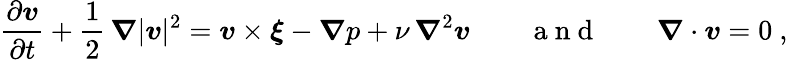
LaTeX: \frac{\partial\boldsymbol v}{\partial t}+\frac{1}{2}\, \boldsymbol\nabla|\boldsymbol v|^{2}=\boldsymbol v\times\boldsymbol\xi-{\boldsymbol\nabla}p+\nu\, \boldsymbol\nabla^{2}\boldsymbol v\qquad\mathrm{~a~n~d~}\qquad\boldsymbol\nabla\cdot\boldsymbol v=0\ ,